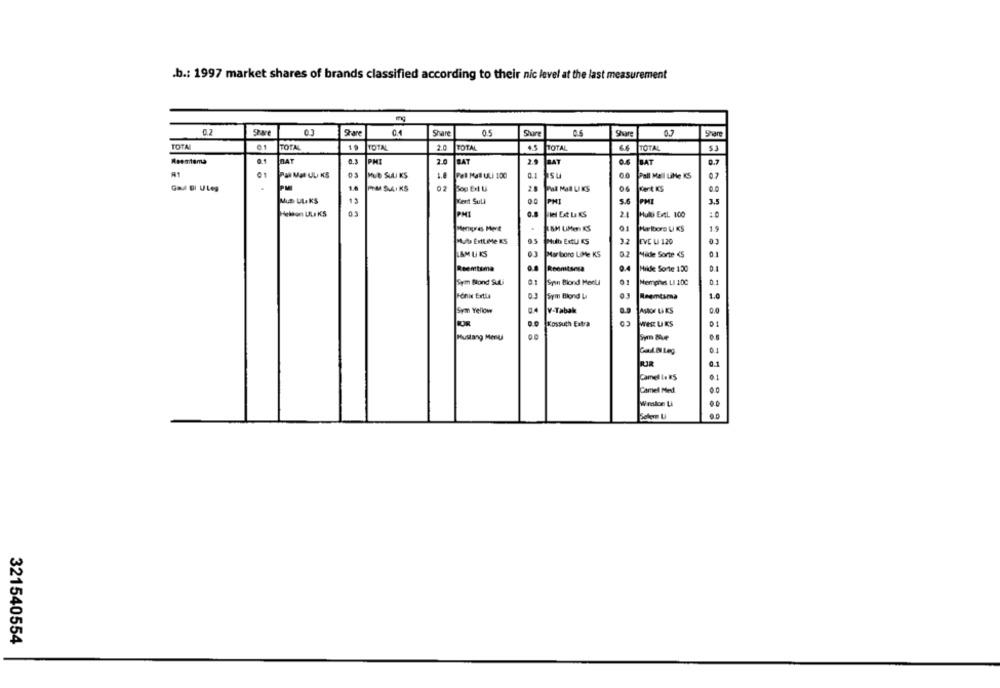
.b .: 1997 market shares of brands classified according to their nic level at the last measurement
0.2
05
Grare
Share
Share
Share
TOTAL
01
TOTAL
TOTAL
2.0
TOTAL
4.5
MOTAL
66
ITOTAL
Reemtema
HAT
0,3
PHI
2.0
BAT
BAT
0.7
03
MUD SULLi KS
Pal MES ULI 100
0.1
Pall Mall Like KS
.
PM
GRA Bl ULeg
02
28
Kert KS
Mus ULa KS
Kent Sull
00
5.6
3.5
PMI
PMI
We ER LaKS
21
Hull ExtL 100
PM
:0
ISM UMen KS
Marlboro Li KS
19
PAD EnLIMe KS
Mull ExtL KS
32
EVE U 120
LAM UKS
03
Mar toro LiMe KS
Milde Sorte <S
01
Reemtsma
0.4
Reenitsesa
Milde Sorte 150
0.1
Sym Blond SULi
Spin Blond Ment
Memphis LI 100
0.1
Fönin Ertla
FSm Blond La
Reemtsma
1.0
Sym Yellow
V-Tabak
.0
AStor LAKS
Kossuth Extra
MER UKS
01
Mustang Menl
Gol.Bl Leg
RJR
0.1
Camel La KS
Camel Med.
Winston Li
321540554